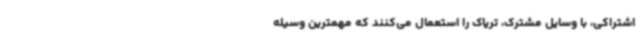
اشتراکی، با وسایل مشترک، تریاک را استعمال می‌کنند که مهمترین وسیله